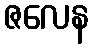
ဇလေန